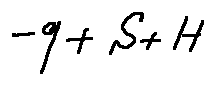
- q - S + H